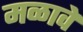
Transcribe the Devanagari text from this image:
मळावे